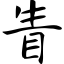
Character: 眚